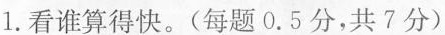
1.看谁算得快。(每题0.5分，共7分)